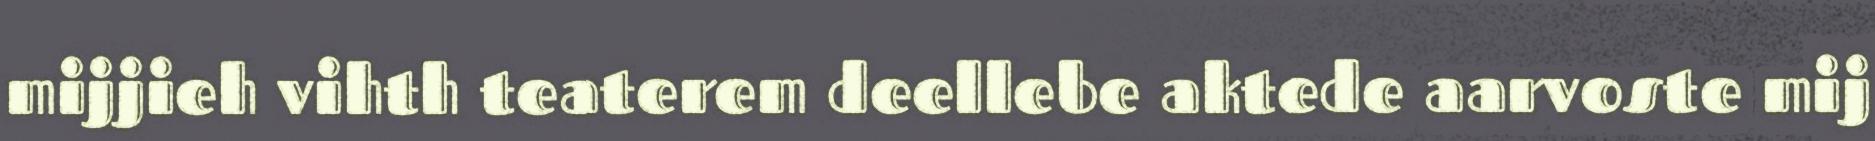
mijjieh vihth teaterem deellebe aktede aarvoste mij